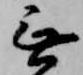
無